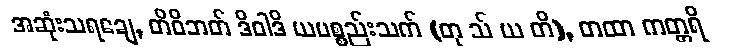
အဆုံးသရချေ, တိဝိဘတ် ဒိဝါဒိ ယပစ္စည်းသက် (တု သ် ယ တိ), တထာ ကတ္တရိ